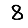
Digit: 8